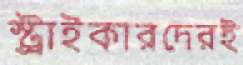
স্ট্রাইকারদেরই